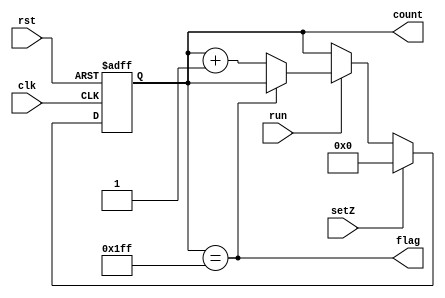
module Counter(
		input				rst,
		input				clk,
		input				setZ,
		input				run,
		output	reg	[8:0]	count,
		output	wire		flag
		);
//////////////// var /////////////
	parameter	count_max=9'd511;
	reg	[8:0]	next_count;
	
	assign flag=(count==count_max);

	always@(posedge clk or posedge rst)begin
		if(rst)begin
			count<=9'd0;
		end else if(setZ)begin
			count<=9'd0;
		end	else if(run)begin
			count<=next_count;
		end
	end

	always@(*)begin
		if(count==count_max)begin
			next_count=count;
		end else begin
			next_count=count+9'd1;
		end
	end
endmodule